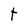
Character: t